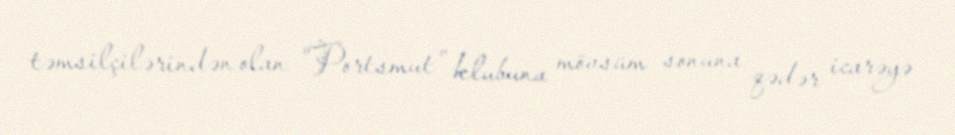
təmsilçilərindən olan "Portsmut" klubuna mövsüm sonuna qədər icarəyə